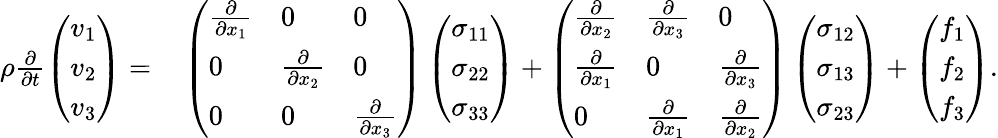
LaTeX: \begin{array}{rl}{\rho\frac{\partial}{\partial t}\left(\begin{array}{l}{v_{1}}\\ {v_{2}}\\ {v_{3}}\end{array}\right)=}&{{}\left(\begin{array}{lll}{\frac{\partial}{\partial x_{1}}}&{0}&{0}\\ {0}&{\frac{\partial}{\partial x_{2}}}&{0}\\ {0}&{0}&{\frac{\partial}{\partial x_{3}}}\end{array}\right)\left(\begin{array}{l}{\sigma_{11}}\\ {\sigma_{22}}\\ {\sigma_{33}}\end{array}\right)+\left(\begin{array}{lll}{\frac{\partial}{\partial x_{2}}}&{\frac{\partial}{\partial x_{3}}}&{0}\\ {\frac{\partial}{\partial x_{1}}}&{0}&{\frac{\partial}{\partial x_{3}}}\\ {0}&{\frac{\partial}{\partial x_{1}}}&{\frac{\partial}{\partial x_{2}}}\end{array}\right)\left(\begin{array}{l}{\sigma_{12}}\\ {\sigma_{13}}\\ {\sigma_{23}}\end{array}\right)+\left(\begin{array}{l}{f_{1}}\\ {f_{2}}\\ {f_{3}}\end{array}\right).}\end{array}